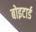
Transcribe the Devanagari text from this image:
बोइटार्ड